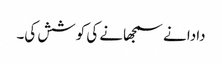
دادا نے سمجھانے کی کوشش کی۔